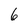
Character: 6